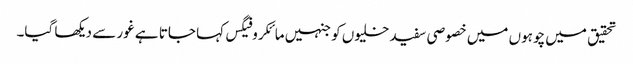
تحقیق میں چوہوں میں خصوصی سفید خلیوں کو جنہیں مائکروفیگس کہا جاتا ہے غور سے دیکھا گیا۔